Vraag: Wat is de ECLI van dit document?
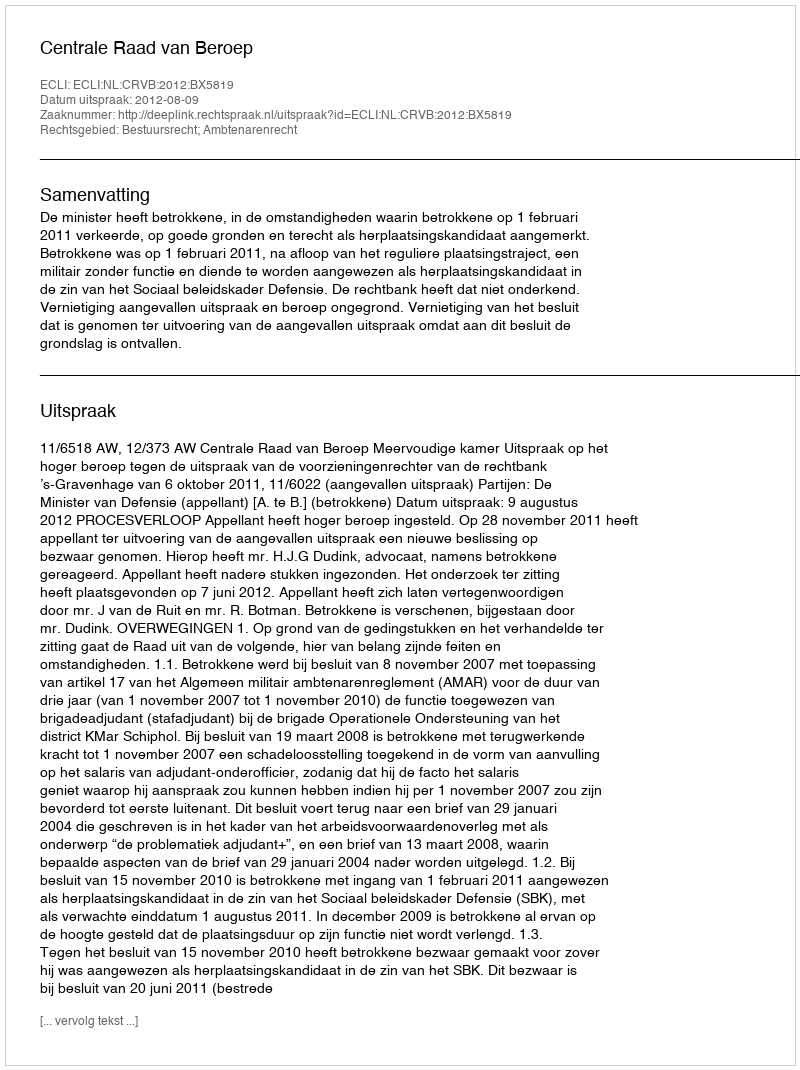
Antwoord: ECLI:NL:CRVB:2012:BX5819